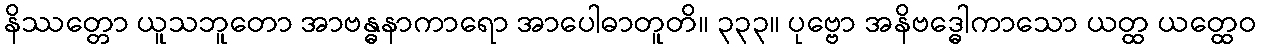
နိဿတ္တော ယူသဘူတော အာဗန္ဓနာကာရော အာပေါဓာတူတိ။ ၃၃၃။ ပုဗ္ဗော အနိဗဒ္ဓေါကာသော ယတ္ထ ယတ္ထေဝ